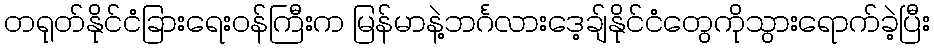
တရုတ်နိုင်ငံခြားရေးဝန်ကြီးက မြန်မာနဲ့ဘင်္ဂလားဒေ့ချ်နိုင်ငံတွေကိုသွားရောက်ခဲ့ပြီး